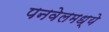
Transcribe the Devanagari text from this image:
पनवेलमध्ये